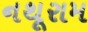
નથૂરામ